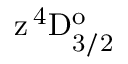
\mathrm { z \, ^ { 4 } D _ { 3 / 2 } ^ { o } }